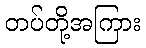
တပ်တို့အကြား